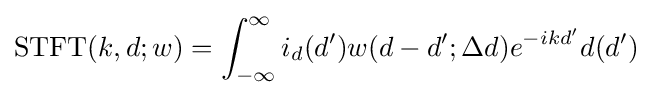
{\text{STFT}}(k,d;w)=\int _{-\infty }^{\infty }i_{d}(d')w(d-d';\Delta d)e^{-ikd'}d(d')